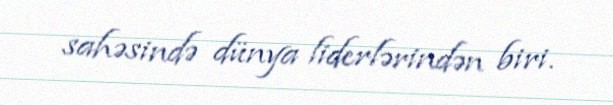
sahəsində dünya liderlərindən biri.